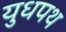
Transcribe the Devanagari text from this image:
युधपथ